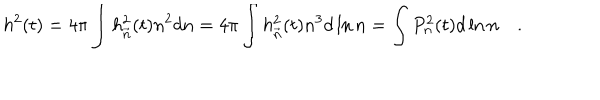
h ^ { 2 } ( t ) = 4 \pi \int h _ { \vec { n } } ^ { 2 } ( t ) n ^ { 2 } d n = 4 \pi \int h _ { \vec { n } } ^ { 2 } ( t ) n ^ { 3 } d \ln n = \int P _ { n } ^ { 2 } ( t ) d \ln n \quad .